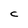
Character: c